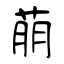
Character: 萠